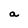
Character: a